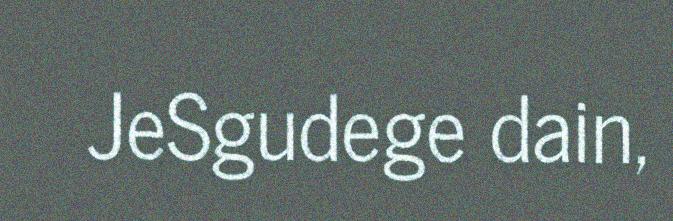
JeSgudege dain,